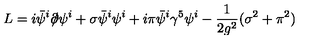
L = i \bar { \psi } ^ { i } { \partial \! \! \! / } \psi ^ { i } + \sigma \bar { \psi } ^ { i } \psi ^ { i } + i \pi \bar { \psi } ^ { i } \gamma ^ { 5 } \psi ^ { i } - \frac { 1 } { 2 g ^ { 2 } } ( \sigma ^ { 2 } + \pi ^ { 2 } )